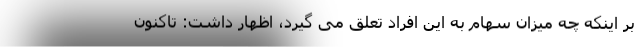
بر اینکه چه میزان سهام به این افراد تعلق می گیرد، اظهار داشت: تاکنون